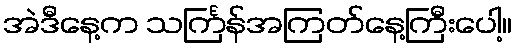
အဲဒီနေ့က သင်္ကြန်အကြတ်နေ့ကြီးပေါ့။